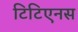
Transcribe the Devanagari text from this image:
टिटिएनस